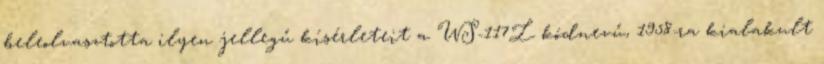
beleolvasztotta ilyen jellegű kísérleteit a WS-117L kódnevű, 1958-ra kialakult